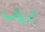
غياب